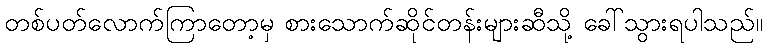
တစ်ပတ်လောက်ကြာတော့မှ စားသောက်ဆိုင်တန်းများဆီသို့ ခေါ်သွားရပါသည်။